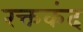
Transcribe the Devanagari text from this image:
रक्तकंद